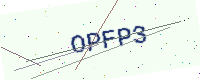
Text: OPFP3